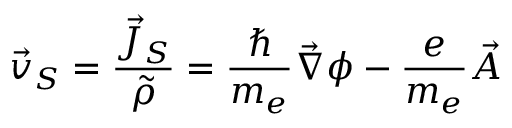
\vec { v } _ { S } = \frac { \vec { J } _ { S } } { \tilde { \rho } } = \frac { \hbar } { m _ { e } } \vec { \nabla } \phi - \frac { e } { m _ { e } } \vec { A }